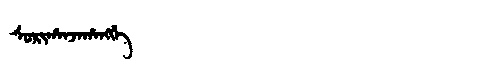
Manchu: ᠰᠣᡵᡳᡥᠠᠨᠵᠠᡥᠠᠩᡤᡝ
Romanization: SORIHANJAHANGGE